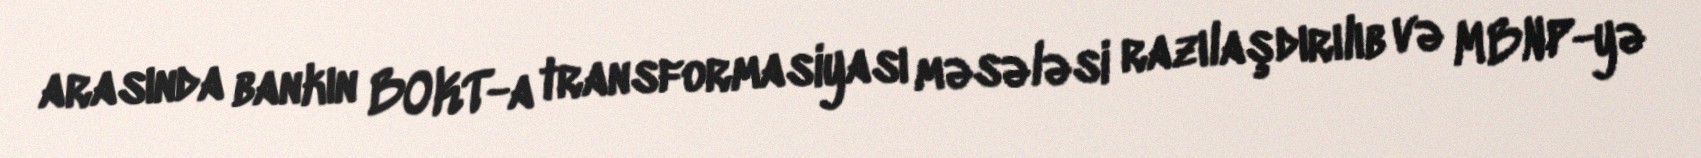
arasında bankın BOKT-a transformasiyası məsələsi razılaşdırılıb və MBNP-yə